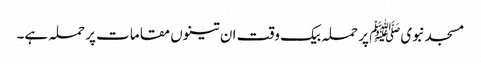
مسجدنبویﷺ پر حملہ بیک وقت ان تینوں مقامات پر حملہ ہے۔